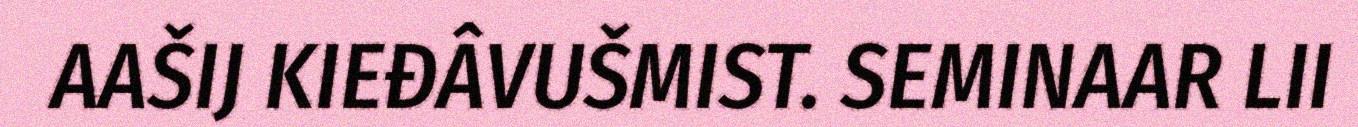
AAŠIJ KIEĐÂVUŠMIST. SEMINAAR LII